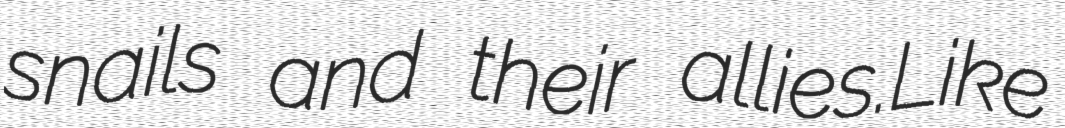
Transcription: snails and their allies.Like